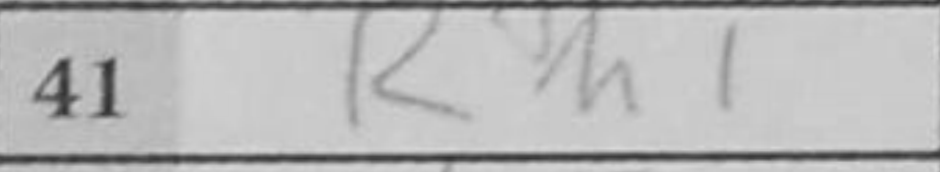
Transcription: Rh1